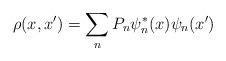
LaTeX: \begin{align*} \rho(x,x') = \sum_n P_n \psi^{\ast}_n(x)\psi_n(x') \end{align*}